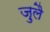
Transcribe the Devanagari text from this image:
ज़ुलै